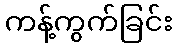
ကန့်ကွက်ခြင်း